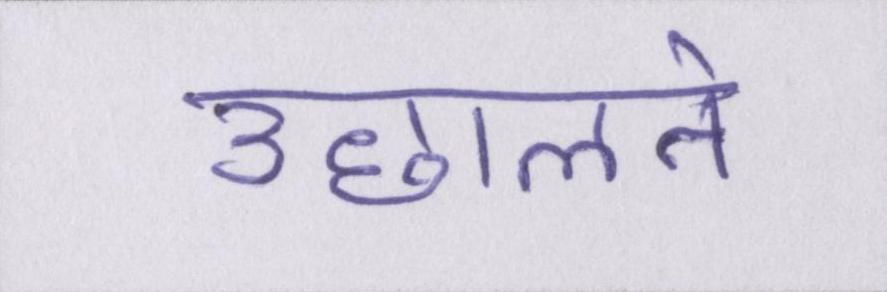
उछालने